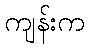
ကျန်းက